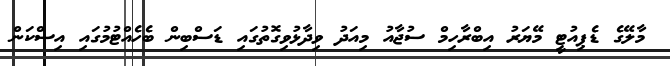
މާލޭގެ ޑެޕިއުޓީ މޭޔަރު އިބްރާހިމް ސުޖާއު މިއަދު ވިދާޅުވިގޮތުގައި ޑަސްބިން ބެހެއްޓުމުގައި އިސްކަން